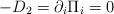
\begin{align*}- D_{2} = \partial_{i} \Pi_{i} = 0\end{align*}